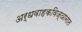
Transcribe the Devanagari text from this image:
अर्धवाहकविज्ञानात